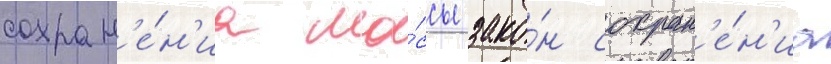
сохран'е́н'иа ма́ссы зако́н сохран'е́н'иа